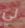
لي